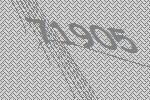
71905